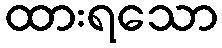
ထားရသော